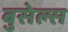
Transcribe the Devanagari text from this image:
बुसेल्स